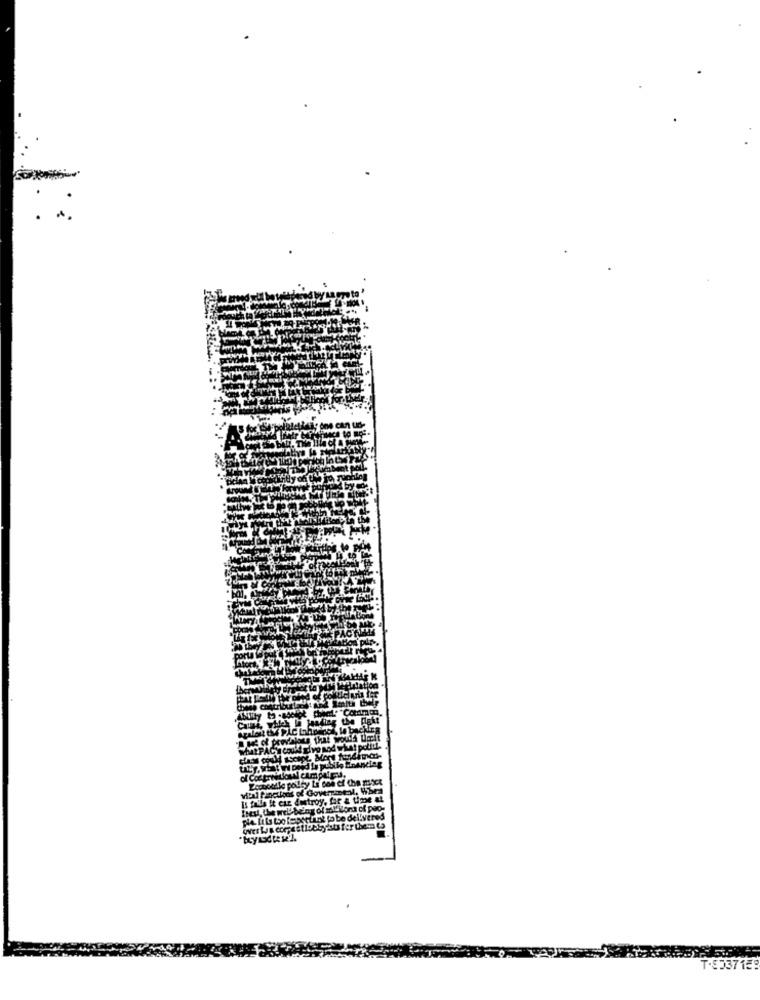
Tvered
T.8337159